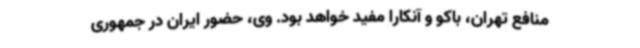
منافع تهران، باکو و آنکارا مفید خواهد بود. وی، حضور ایران در جمهوری